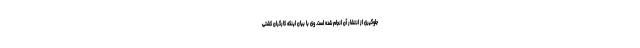
جلوگیری از انتشار آن انجام شده است. وی با بیان اینکه کارگران کشتی